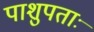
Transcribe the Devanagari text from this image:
पाशुपताः